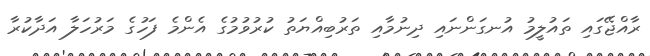
ރާއްޖޭގައި ތައުލީމު އުނގަންނައި ދިނުމާއި ތަރުބިއްޔަތު ކުރުވުމުގެ އެންމެ ފަހުގެ މަރުހަލާ އަދާކުރާ